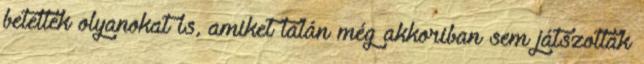
betettek olyanokat is, amiket talán még akkoriban sem játszottak